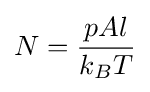
N={\frac {pAl}{k_{B}T}}